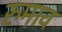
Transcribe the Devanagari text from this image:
रुमाव